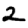
Digit: 2